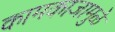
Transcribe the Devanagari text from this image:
कामकाजामुळे